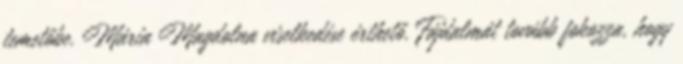
temetőbe. Mária Magdolna viselkedése érthető. Fájdalmát tovább fokozza, hogy